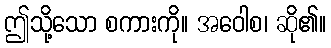
ဤသို့သော စကားကို။ အဝေါစ၊ ဆို၏။